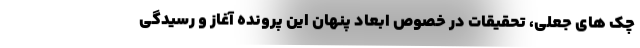
چک های جعلی، تحقیقات در خصوص ابعاد پنهان این پرونده آغاز و رسیدگی